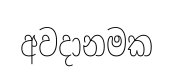
අවදානමක